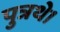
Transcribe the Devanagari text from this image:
पुत्रथे।